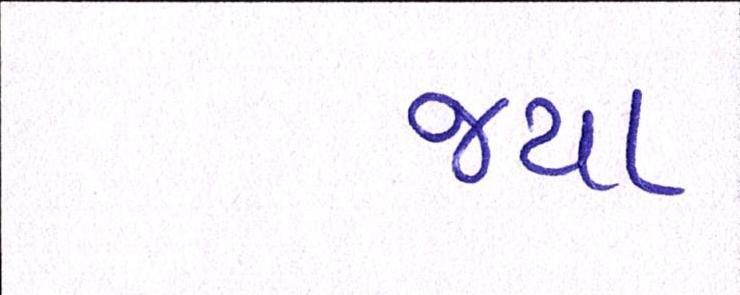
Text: જયા